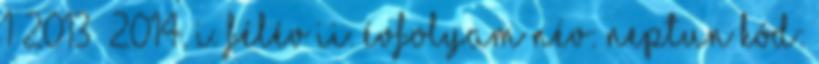
1 2013 2014. I. félév II. évfolyam Név: Neptun kód: